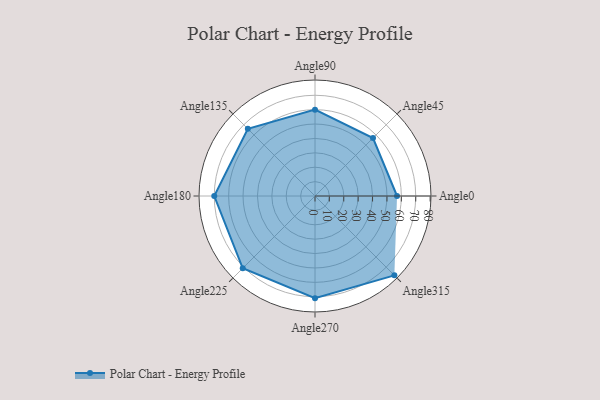
{"axis": {"x": "Angle", "y": "Radius"}, "legend": [""], "data": [{"x": "Angle0", "y": 57.0, "type": ""}, {"x": "Angle45", "y": 57.0, "type": ""}, {"x": "Angle90", "y": 60.0, "type": ""}, {"x": "Angle135", "y": 66.0, "type": ""}, {"x": "Angle180", "y": 70.0, "type": ""}, {"x": "Angle225", "y": 71.0, "type": ""}, {"x": "Angle270", "y": 71.0, "type": ""}, {"x": "Angle315", "y": 78.0, "type": ""}]}